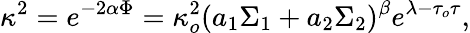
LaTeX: \kappa^{2}=e^{-2\alpha\Phi}=\kappa_{o}^{2}(a_{1}\Sigma_{1}+a_{2}\Sigma_{2})^{\beta}e^{\lambda-\tau_{o}\tau},